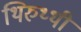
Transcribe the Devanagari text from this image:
थिरुथ्थी